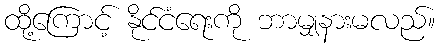
ထို့ကြောင့် နိုင်ငံရေးကို ဘာမျှနားမလည်။